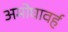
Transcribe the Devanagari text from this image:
अमोघावर्ह